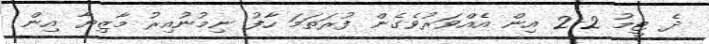
ދެ ޓީމު 2-2 އިން އެއްވަރުވެގެން ފުރަތަމަ ހާފު ނިމުނުއިރު މާޒިޔާ އިން